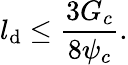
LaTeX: l_{\mathrm{d}}\le\frac{{3G_{c}}}{{8\psi_{c}}}.